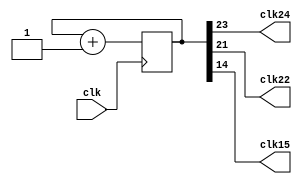
`timescale 1ns / 1ps

module clock_divisor(clk24, clk22, clk15, clk
	);
input clk;
output clk24, clk22, clk15;

reg [24:0] num;
wire [24:0] next_num;

always @(posedge clk) begin
  num <= next_num;
end

assign next_num = num + 1;
assign clk24 = num[23];
assign clk22 = num[21];
assign clk15 = num[14];
endmodule